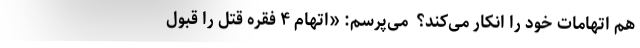
هم اتهامات خود را انکار می‌کند؟ ‌ می‌پرسم: «اتهام ۴ فقره قتل را قبول